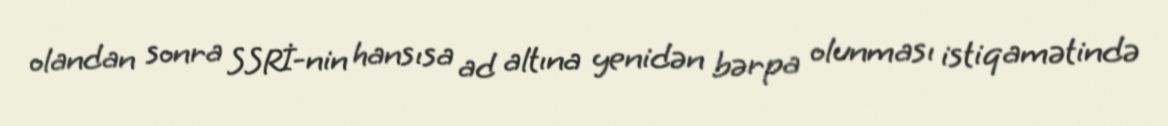
olandan sonra SSRİ-nin hansısa ad altına yenidən bərpa olunması istiqamətində